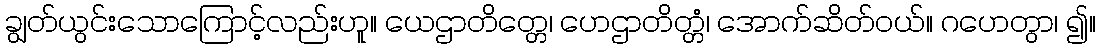
ချွတ်ယွင်းသောကြောင့်လည်းဟူ။ ယေဌာတိတ္တေ၊ ဟေဌာတိတ္တံ၊ အောက်ဆိတ်ဝယ်။ ဂဟေတွာ၊ ၍။